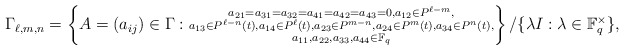
\begin{align*} \Gamma_{\ell,m,n}=\left\{A=(a_{ij})\in \Gamma:\substack{a_{21}=a_{31}=a_{32}=a_{41}=a_{42}=a_{43}=0, a_{12}\in P^{\ell-m},\\a_{13}\in P^{\ell-n}(t),a_{14}\in P^\ell(t),a_{23}\in P^{m-n},a_{24}\in P^m(t) ,a_{34}\in P^n(t),\\a_{11},a_{22},a_{33},a_{44}\in \mathbb{F}_q} \right\}/\{\lambda I:\lambda\in \mathbb{F}_q^\times\}, \end{align*}